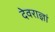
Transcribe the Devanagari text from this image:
देवराज्ञां